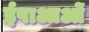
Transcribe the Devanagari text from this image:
ईषाआओं